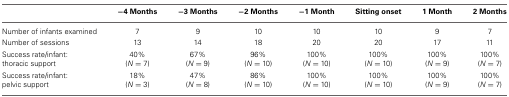
<table><thead><tr><td></td><td><b>−4 Months</b></td><td><b>−3 Months</b></td><td><b>−2 Months</b></td><td><b>−1 Month</b></td><td><b>Sitting onset</b></td><td><b>1 Month</b></td><td><b>2 Months</b></td></tr></thead><tbody><tr><td>Number of infants examined</td><td>7</td><td>9</td><td>10</td><td>10</td><td>10</td><td>9</td><td>7</td></tr><tr><td>Number of sessions</td><td>13</td><td>14</td><td>18</td><td>20</td><td>20</td><td>17</td><td>11</td></tr><tr><td>Success rate/infant:</td><td>40%</td><td>67%</td><td>96%</td><td>100%</td><td>100%</td><td>100%</td><td>100%</td></tr><tr><td>thoracic support</td><td>(<i>N</i> = 7)</td><td>(<i>N</i> = 9)</td><td>(<i>N</i> = 10)</td><td>(<i>N</i> = 10)</td><td>(<i>N</i> = 10)</td><td>(<i>N</i> = 9)</td><td>(<i>N</i> = 7)</td></tr><tr><td>Success rate/infant:</td><td>18%</td><td>47%</td><td>86%</td><td>100%</td><td>100%</td><td>100%</td><td>100%</td></tr><tr><td>pelvic support</td><td>(<i>N</i> = 3)</td><td>(<i>N</i> = 8)</td><td>(<i>N</i> = 10)</td><td>(<i>N</i> = 10)</td><td>(<i>N</i> = 10)</td><td>(<i>N</i> = 9)</td><td>(<i>N</i> = 7)</td></tr></tbody></table>